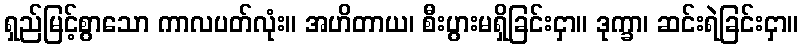
ရှည်မြင့်စွာသော ကာလပတ်လုံး။ အဟိတာယ၊ စီးပွားမရှိခြင်းငှာ။ ဒုက္ခာ၊ ဆင်းရဲခြင်းငှာ။